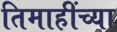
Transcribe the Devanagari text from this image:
तिमाहींच्या